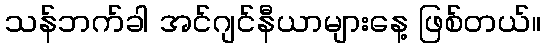
သန်ဘက်ခါ အင်ဂျင်နီယာများနေ့ ဖြစ်တယ်။